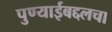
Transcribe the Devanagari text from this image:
पुण्याईबद्दलचा